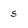
Character: 5